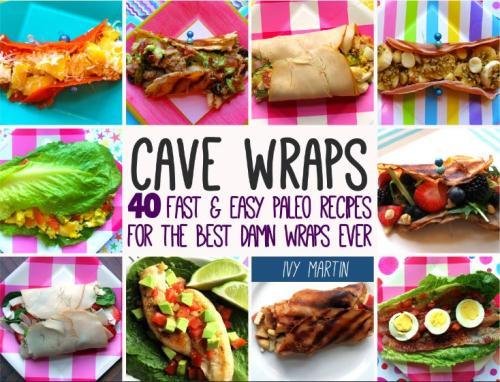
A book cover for Cave Wraps: 40 Fast & Easy Paleo Recipes for The Best Damn Wraps Ever; Ivy Martin; Health, Fitness & Dieting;